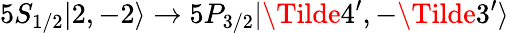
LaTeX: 5S_{1/2}|2,-2\rangle\rightarrow 5P_{3/2}|\Tilde{4}^{\prime},-\Tilde{3}^{\prime}\rangle